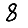
Digit: 8